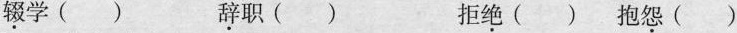
\underset{·}{辍}学( )\underset{·}{辞}职( ) 拒\underset{·}{绝}( )抱\underset{·}{怨}( )